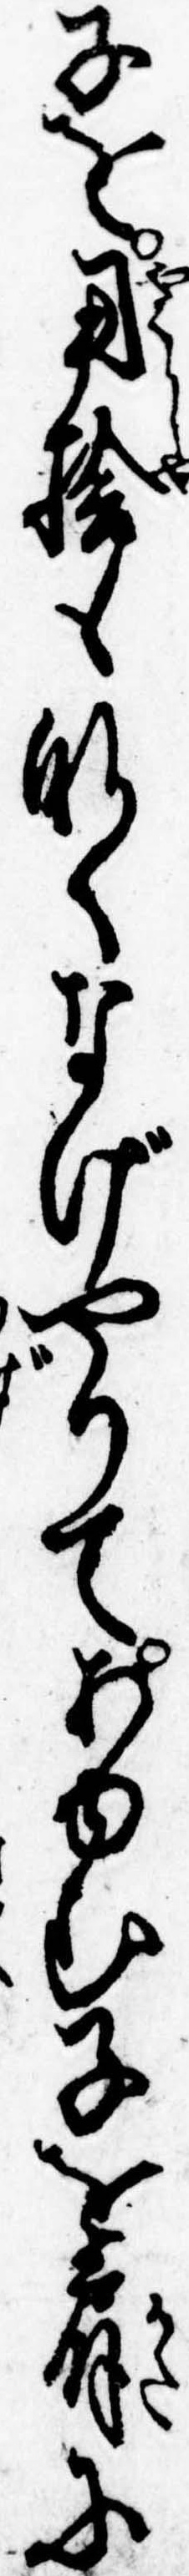
子を用捨もなくなげやりてあゆむ子を肩に